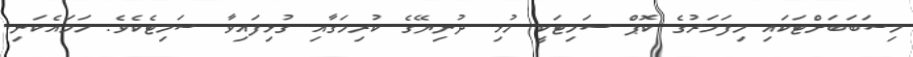
މިސަބަބަށްޓަކައި މިފަހަރުގެ ކޮޕް ސަމިޓަކީ މުޅި ދުނިޔޭގެ ކުރިމަގާއި ގުޅިފައިވާ ސަމިޓެކެވެ. ހަމައެކަނި